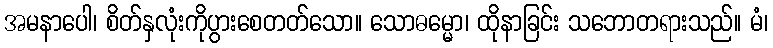
အမနာပေါ၊ စိတ်နှလုံးကိုပွားစေတတ်သော။ သောဓမ္မော၊ ထိုနာခြင်း သဘောတရားသည်။ မံ၊